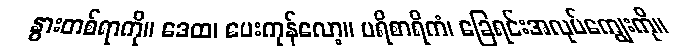
နွားတစ်ရာကို။ ဒေထ၊ ပေးကုန်လော့။ ပရိစာရိကံ၊ ခြေရင်းအလုပ်ကျွေးကို။